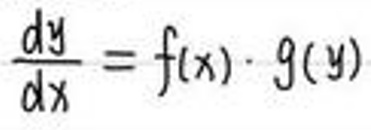
$\frac{dy}{dx}=f(x)\cdot g(y)$